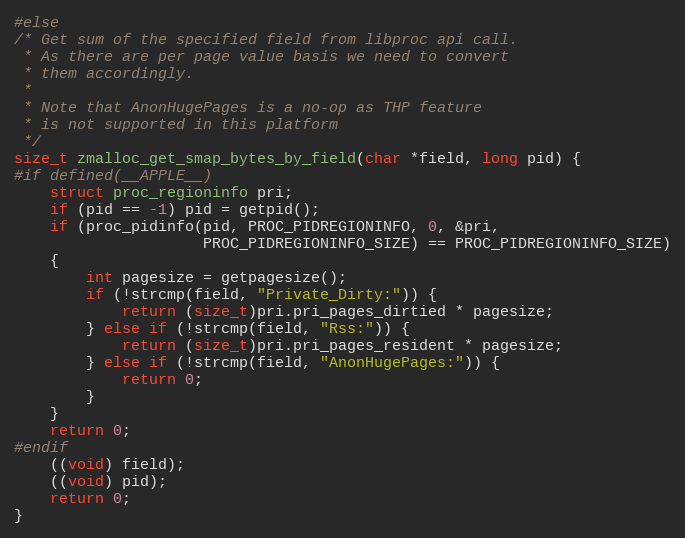
Language: C
#else
/* Get sum of the specified field from libproc api call.
 * As there are per page value basis we need to convert
 * them accordingly.
 *
 * Note that AnonHugePages is a no-op as THP feature
 * is not supported in this platform
 */
size_t zmalloc_get_smap_bytes_by_field(char *field, long pid) {
#if defined(__APPLE__)
    struct proc_regioninfo pri;
    if (pid == -1) pid = getpid();
    if (proc_pidinfo(pid, PROC_PIDREGIONINFO, 0, &pri,
                     PROC_PIDREGIONINFO_SIZE) == PROC_PIDREGIONINFO_SIZE)
    {
        int pagesize = getpagesize();
        if (!strcmp(field, "Private_Dirty:")) {
            return (size_t)pri.pri_pages_dirtied * pagesize;
        } else if (!strcmp(field, "Rss:")) {
            return (size_t)pri.pri_pages_resident * pagesize;
        } else if (!strcmp(field, "AnonHugePages:")) {
            return 0;
        }
    }
    return 0;
#endif
    ((void) field);
    ((void) pid);
    return 0;
}